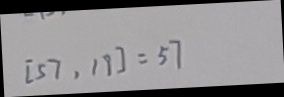
[ 5 7 . 1 9 ] = 5 7